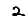
Digit: 2